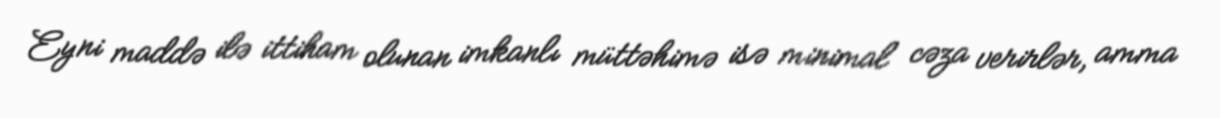
Eyni maddə ilə ittiham olunan imkanlı müttəhimə isə minimal cəza verirlər, amma